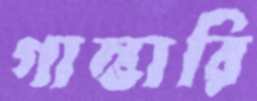
গাম্ভারি